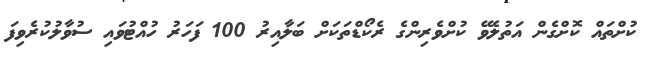
ކުށްތައް ކޮށްގެން އަތުލެވޭ ކުށްވެރިންގެ ރެކޯޑްތަކަށް ބަލާއިރު 100 ފަހަރު ހުއްޓުވައި ސުވާލުކުރެވިފަ